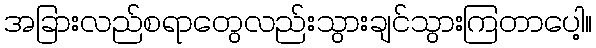
အခြားလည်စရာတွေလည်းသွားချင်သွားကြတာပေါ့။